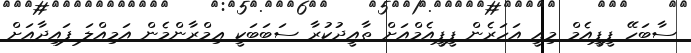
ސާބަހޭ ޕީޕީއެމް މިއީ އަހަރެން ޕީޕީއެމްއަށް ތާއީދުކުރާ ސަބަބަކީ ޢިމްރާންމެން އަމިއްލަ ފައިދާއަށް